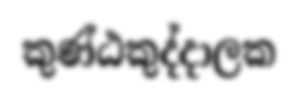
කුණ්ඨකුද්දාලක